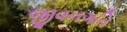
જીવનગતિ